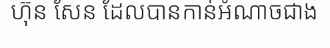
ហ៊ុន សែន ដែលបានកាន់អំណាចជាង